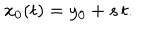
x _ { 0 } ( t ) = y _ { 0 } + s \, t .